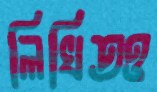
লিখিতও